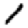
Digit: 1